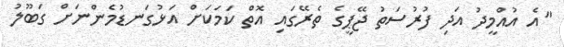
"އެ އުއްމީދު އަދި ފުރުސަތު ޖޭޕީގެ ތެރޭގައި އޮތް ކަމަަކަށް އަޅުގަނޑުމެންނަށް ގަބޫލު